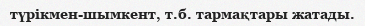
түрікмен-шымкент, т.б. тармақтары жатады.